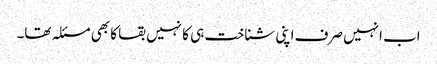
اب انہیں صرف اپنی شناخت ہی کا نہیں بقا کا بھی مسئلہ تھا۔